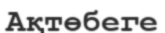
Ақтөбеге